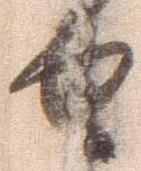
せ